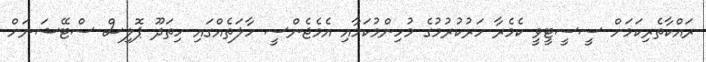
ރައްކާތެރިކަމަށް ސީސީޓީވީ ކެމެރާ ހަރުކުރުމުގެ މުހިންމުކަމާއި އެމެޖެންސީ ހާލަތެއްގައި ހިތަދޫ ޕޮލިސް ސްޓޭޝަނަށް